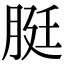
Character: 脡